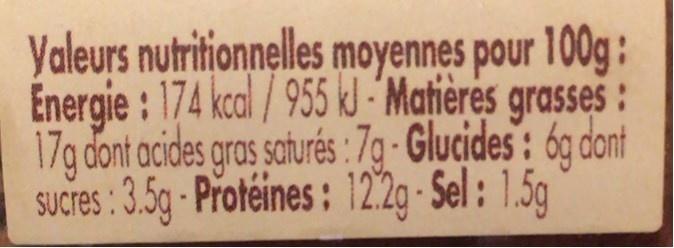
Yaleurs nutritionnelles moyennes pour 100g: Energie : 174 kcal/955 k - Matières grasses: 17g dont acides gras saturés : 7g- Glucides: 6g dont SUCres : 3.5g- Protéines: 122g- Sel: 1.5g